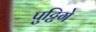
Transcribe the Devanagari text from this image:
पुट्टिगे